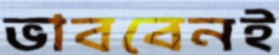
ভাববেনই